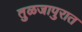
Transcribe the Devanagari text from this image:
तुळजापुरात